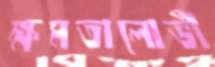
ক্ষমতালোভী